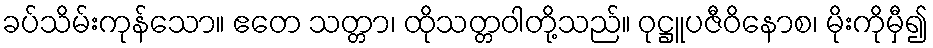
ခပ်သိမ်းကုန်သော။ ဧတေ သတ္တာ၊ ထိုသတ္တဝါတို့သည်။ ဝုဋ္ဌူပဇီဝိနောစ၊ မိုးကိုမှီ၍